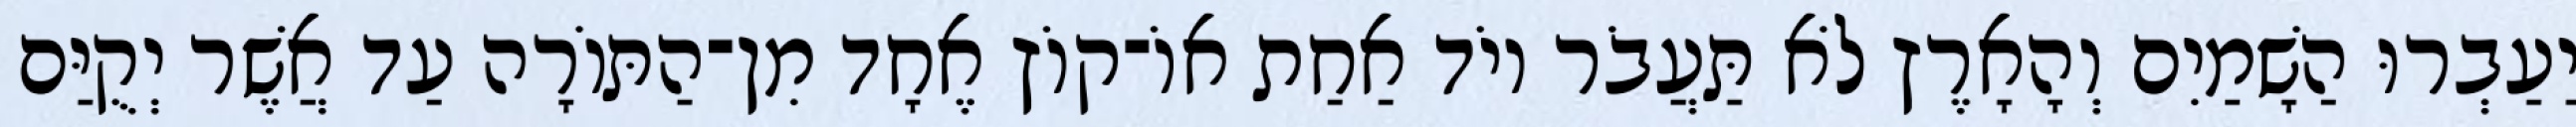
יַעַבְרוּ הַשָׁמַיִם וְהָאָרֶץ לֹא תַּעֲבֹר יוֹד אַחַת אוֹ־קוֹץ אֶחָד מִן־הַתּוֹרָה עַד אֲשֶׁר יְקֻיַּם